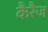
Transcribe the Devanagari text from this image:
कैरैज